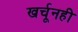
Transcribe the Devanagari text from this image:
खर्चूनही